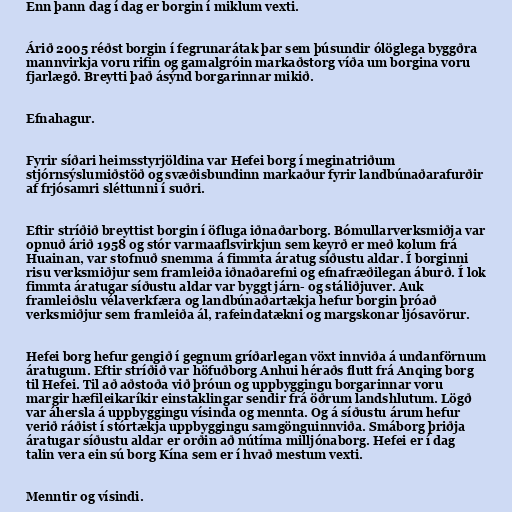
Enn þann dag í dag er borgin í miklum vexti.

Árið 2005 réðst borgin í fegrunarátak þar sem þúsundir ólöglega byggðra
mannvirkja voru rifin og gamalgróin markaðstorg víða um borgina voru
fjarlægð. Breytti það ásýnd borgarinnar mikið.

Efnahagur.

Fyrir síðari heimsstyrjöldina var Hefei borg í meginatriðum
stjórnsýslumiðstöð og svæðisbundinn markaður fyrir landbúnaðarafurðir
af frjósamri sléttunni í suðri.

Eftir stríðið breyttist borgin í öfluga iðnaðarborg. Bómullarverksmiðja var
opnuð árið 1958 og stór varmaaflsvirkjun sem keyrð er með kolum frá
Huainan, var stofnuð snemma á fimmta áratug síðustu aldar. Í borginni
risu verksmiðjur sem framleiða iðnaðarefni og efnafræðilegan áburð. Í lok
fimmta áratugar síðustu aldar var byggt járn- og stáliðjuver. Auk
framleiðslu vélaverkfæra og landbúnaðartækja hefur borgin þróað
verksmiðjur sem framleiða ál, rafeindatækni og margskonar ljósavörur.

Hefei borg hefur gengið í gegnum gríðarlegan vöxt innviða á undanförnum
áratugum. Eftir stríðið var höfuðborg Anhui héraðs flutt frá Anqing borg
til Hefei. Til að aðstoða við þróun og uppbyggingu borgarinnar voru
margir hæfileikaríkir einstaklingar sendir frá öðrum landshlutum. Lögð
var áhersla á uppbyggingu vísinda og mennta. Og á síðustu árum hefur
verið ráðist í stórtækja uppbyggingu samgönguinnviða. Smáborg þriðja
áratugar síðustu aldar er orðin að nútíma milljónaborg. Hefei er í dag
talin vera ein sú borg Kína sem er í hvað mestum vexti.

Menntir og vísindi.